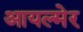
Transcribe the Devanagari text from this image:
आयल्मेर